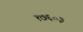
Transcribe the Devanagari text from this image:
१७६०३